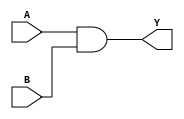
module andg(A,B,Y);
input A,B;
output Y;
assign Y = A & B;
endmodule